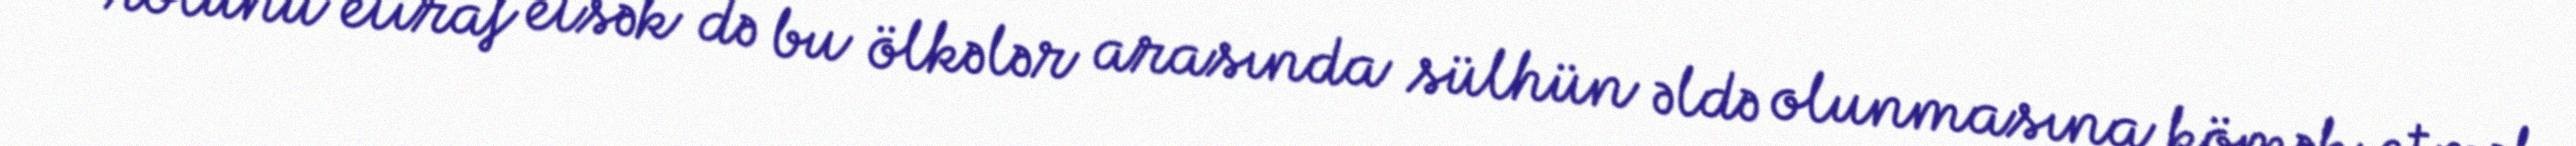
rolunu etiraf etsək də bu ölkələr arasında sülhün əldə olunmasına kömək etmək